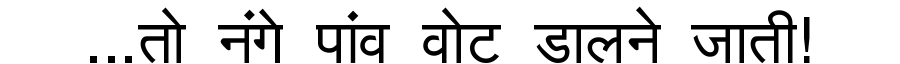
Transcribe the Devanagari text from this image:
...तो नंगे पांव वोट डालने जाती!